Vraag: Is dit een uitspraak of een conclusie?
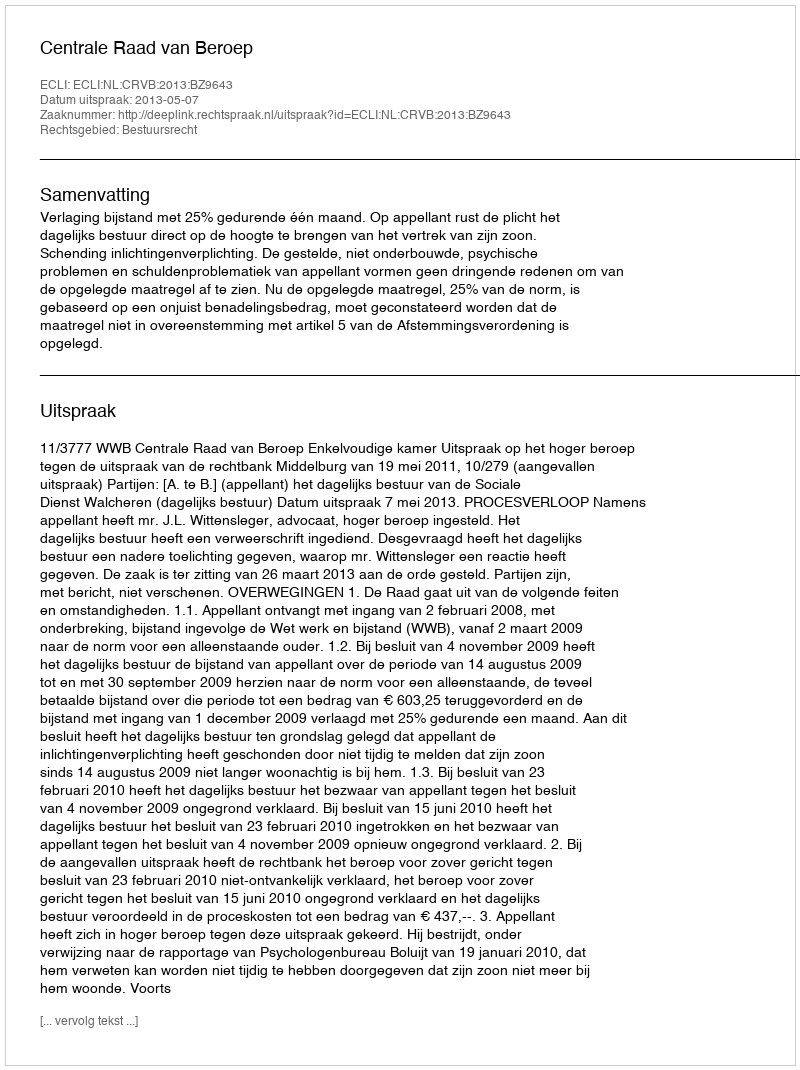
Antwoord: Uitspraak